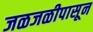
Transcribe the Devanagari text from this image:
जळजळीपासून